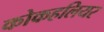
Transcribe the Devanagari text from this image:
कोकहलियर